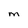
Character: M